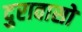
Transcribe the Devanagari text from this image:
दुरावासो